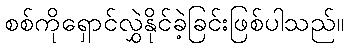
စစ်ကိုရှောင်လွှဲနိုင်ခဲ့ခြင်းဖြစ်ပါသည်။